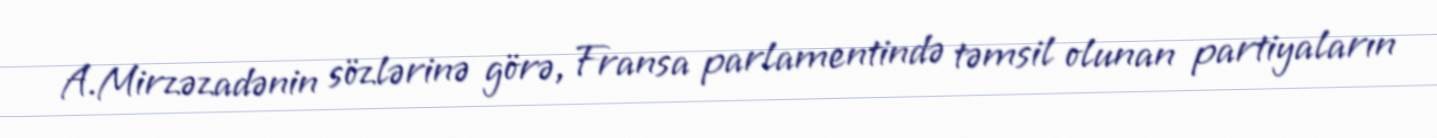
A.Mirzəzadənin sözlərinə görə, Fransa parlamentində təmsil olunan partiyaların